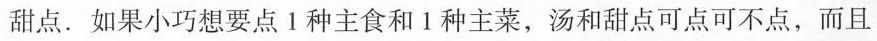
甜点.如果小巧想要点1种主食和1种主菜，汤和甜点可点可不点，而且